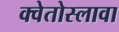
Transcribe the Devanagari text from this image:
क्वेतोस्लावा